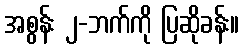
အစွန်း ၂-ဘက်ကို ပြဆိုခန်း။